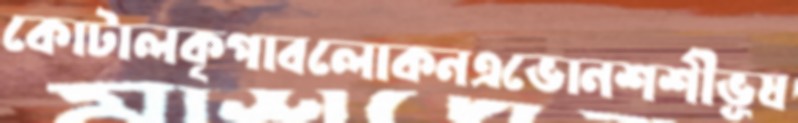
কোটালকৃপাবলোকনএভোনশশীভূষ